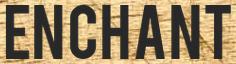
ENCHANT